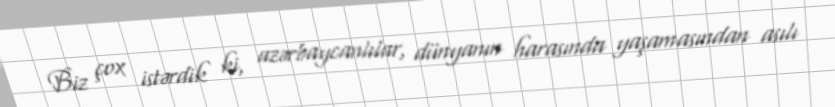
Biz çox istərdik ki, azərbaycanlılar, dünyanın harasında yaşamasından asılı